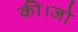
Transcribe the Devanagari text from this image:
की।जो